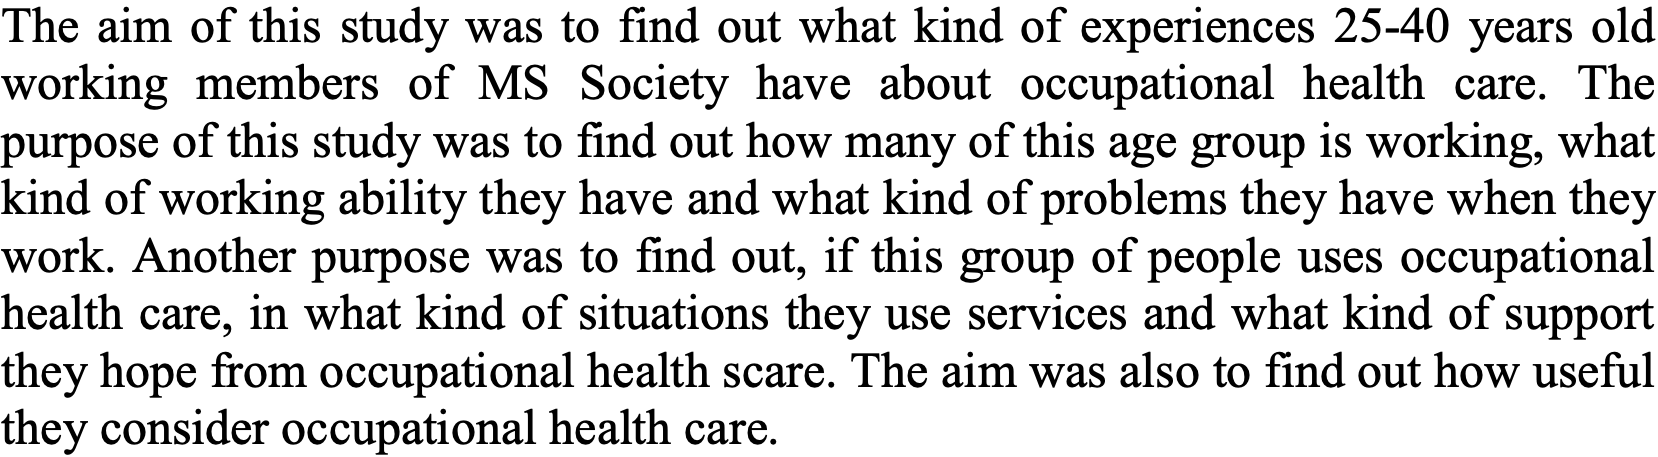
The aim of this study was to find out what kind of experiences 25-40 years old working members of MS Society have about occupational health care. The purpose of this study was to find out how many of this age group is working, what kind of working ability they have and what kind of problems they have when they work. Another purpose was to find out, if this group of people uses occupational health care, in what kind of situations they use services and what kind of support they hope from occupational health scare. The aim was also to find out how useful they consider occupational health care.